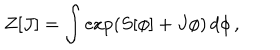
Z [ J ] = \int \exp \left( S [ \phi ] + J \phi \right) \, d \phi \, ,